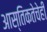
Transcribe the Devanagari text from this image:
आस्तिकतेचेही